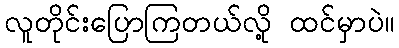
လူတိုင်းပြောကြတယ်လို့ ထင်မှာပဲ။